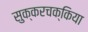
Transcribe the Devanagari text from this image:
सुक्करचक्किया